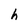
Character: h